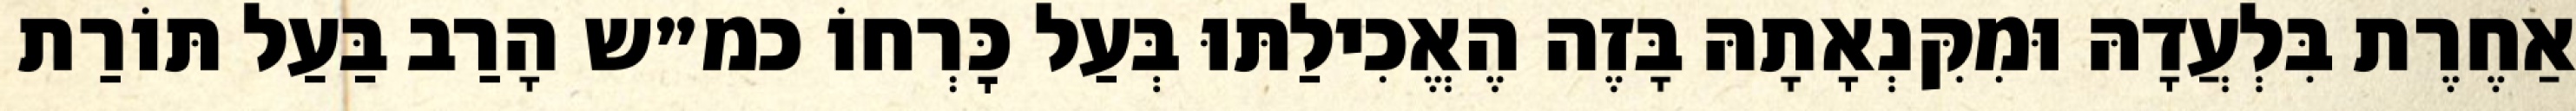
אַחֶרֶת בִּלְעֲדָהּ וּמִקִּנְאָתָהּ בָּזֶה הֶאֱכִילַתּוּ בְּעַל כׇּרְחוֹ כמ״ש הָרַב בַּעַל תּוֹרַת